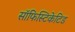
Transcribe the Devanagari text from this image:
सॉफिस्टिकेटिड